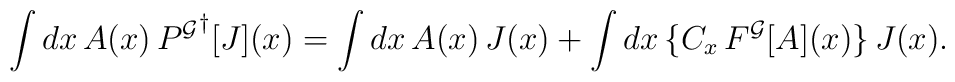
\int dx \, A(x) \, {P^{\cal G}}^\dagger [J](x) =  \int dx \, A(x) \, J(x) + \int dx \, \{ C_x \, F^{\cal G}[A](x) \} \, J(x) .